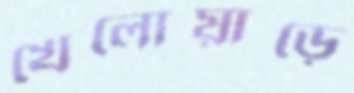
খেলোয়াড়ে